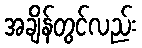
အချိန်တွင်လည်း